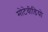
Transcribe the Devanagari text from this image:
मोटेवीडियो